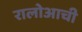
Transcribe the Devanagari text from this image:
रालोआची